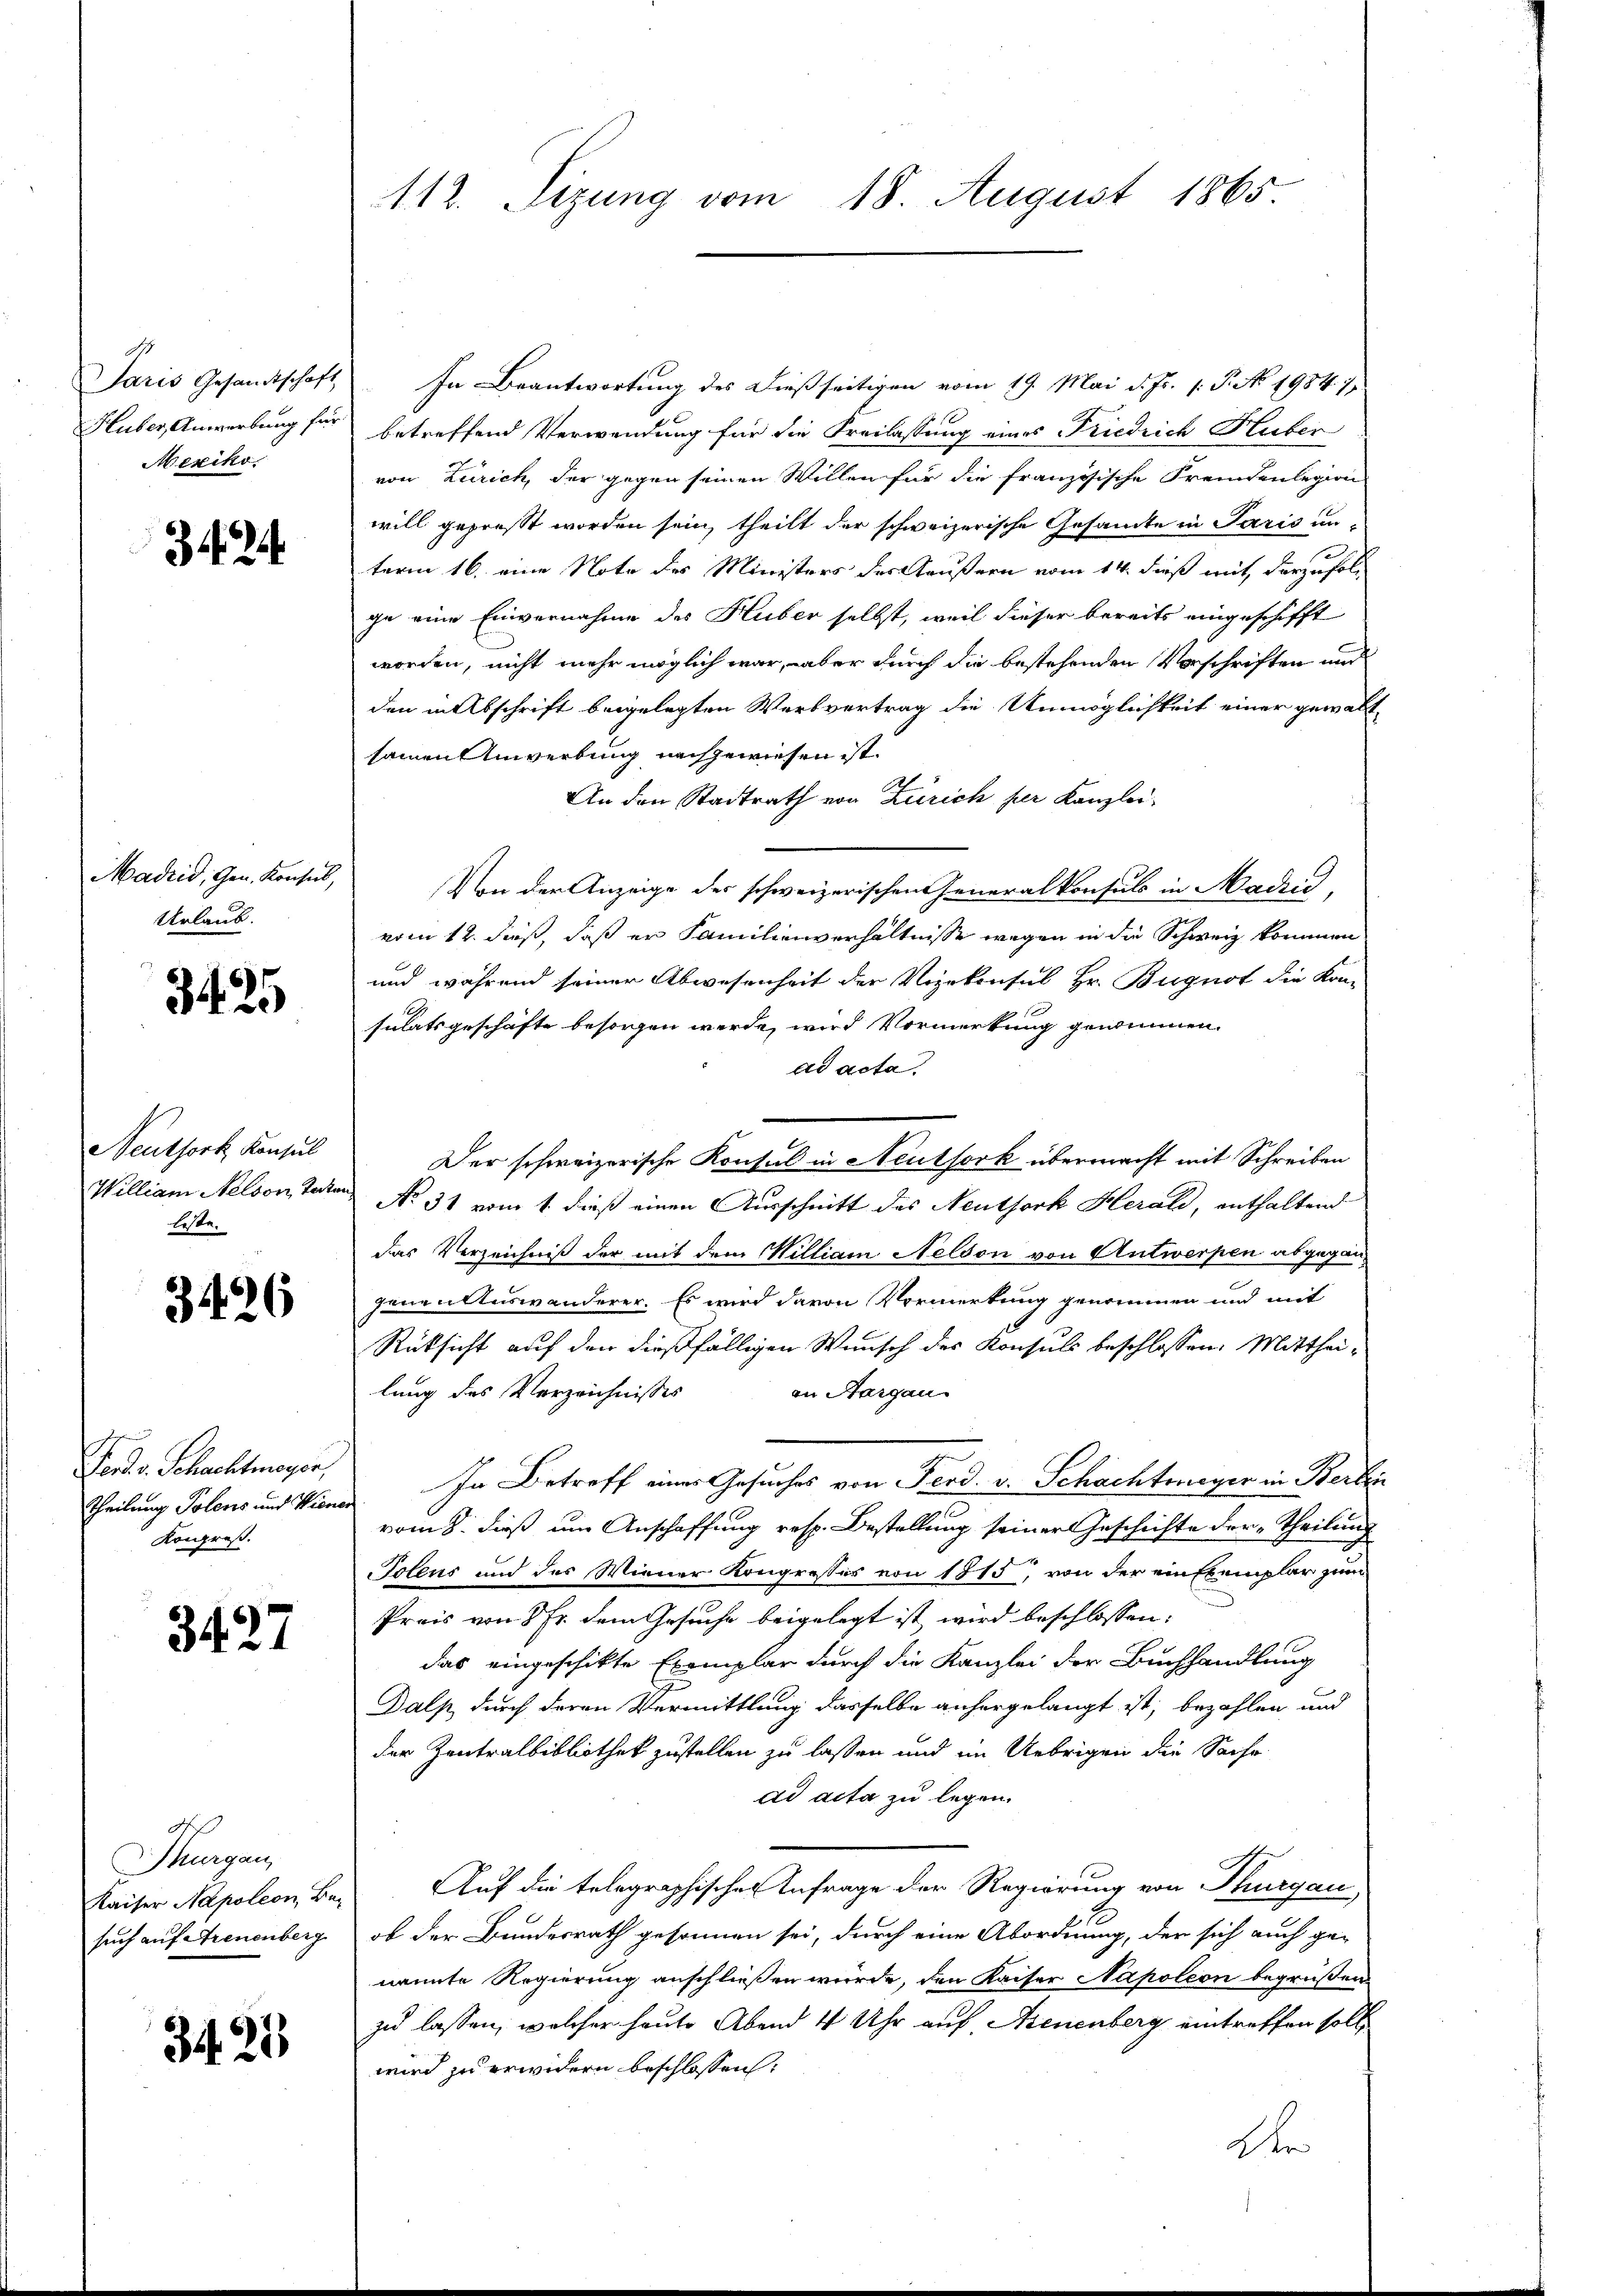
Paris Gesandtschaft
Huber, Anwerbung für
Mexiko

3424

Madrid, Gen. Konsul,
Urlaub.

3425

Neuthork Konsul
William Nelson Tate
leste.

3426

Gerd s. Schachtmeyer,
Theilung Polens und Wiene
Kongreß.

3427

Ao
Thurgau,
Kaiser Napoleon, Besuch auf Arenenberg

34. 25

112. Sizung vom 18. August 1865.

In Beantwortung des dießseitigen vom 19. Mai d. Js. 1. P. No. 1984. 1
betreffend Verwendung für die Freilassung eines Friedrich Huber
von Zürich, der gegen seinen Willen für die französische Fremdenlegion
will geprest worden sein, theilt der schweizerische Gesamte in Paris unterm 16. eine Note des Ministers des Gaußern vom 14. dieß mit derzufolge eine Einvernahme des Huber selbst, weil dieser bereits eingeschifft
worden, nicht mehr möglich war, aber durch die bestehenden Vorschriften und
den in Abschrift beigelegten Werbvertrag die Unmöglichkeit einer gewaltsainen Anverbung nachgewiesen ist.
An den Stadtrath von Zürich per Kanzlei-
Von der Anzeige der schweizerischen eneralkonsuls in Madrić,
vom 12. dieß, daß er Familienverhältnisse wegen in die Schweiz kommen
und während seiner Abwesenheit der Vizekonsul Hr. Bugnot die Kon-
sulatsgeschäfte besorgen werde, wird Vormerkung gewinnen.
ad acta.
Der schweizerische Konsul in Neuthork übermacht mit Schreiben
No 31 vom 1. dieß einen Ausschnitt des Neuthork Herali, enthaltend
das Verzeichniß der mit dem William Nelson von Antwerpen abgegen-
genen Auswanderer. Es wird davon Vormerkung genommen und mit
Rücksicht auf den dießfälligen Wunsch des Konsuls beschlossen: Mitthei-
an Sargau
lung des Verzeichnisses
In Betreff eines Gesuches von Ferd. v. Schachtmeyer in Berlin
vom 8. dieß um Anschaffung resp. Bestellung seiner Geschichte der Theilung
Polens und des Wiener Kongrosses von 1815, von der ein Exemplar zum
Prois von 8 Fr. dem Gesuche beigelegt ist wird beschlossen:
das eingeschikte Exemplar durch die Kanzlei der Buchhandlung
Dalp, durch deren Vermittlung dasselbe anhergelangt ist, bezahlen und
der Zentralbibliothek zustellen zu lassen und im Uebrigen die Sache
ad acta zu legen.
Auf die telegraphischer Anfrage der Regierung von Thurgau
ob der Bundesrath gesonnen sei, durch eine Abordnung, der sich auch ge-
nannte Regierung anschließen würde, den Kaiser Napoleon begrüßen
zu lassen, welcher heute Abend 4 Uhr auf Neuenburg eintreffen solle
wird zu erwidern beschlossen:
Dr